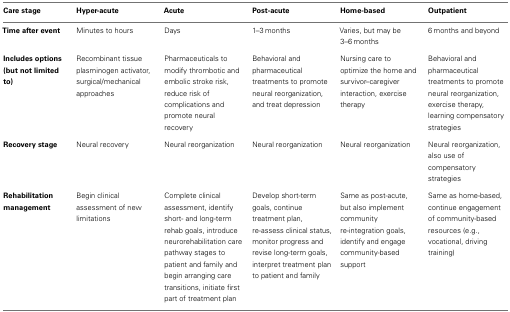
<table><thead><tr><td><b>Care stage</b></td><td><b>Hyper-acute</b></td><td><b>Acute</b></td><td><b>Post-acute</b></td><td><b>Home-based</b></td><td><b>Outpatient</b></td></tr></thead><tbody><tr><td><b>Time after event</b></td><td>Minutes to hours</td><td>Days</td><td>1–3 months</td><td>Varies, but may be 3–6 months</td><td>6 months and beyond</td></tr><tr><td><b>Includes options (but not limited to)</b></td><td>Recombinant tissue plasminogen activator, surgical/mechanical approaches</td><td>Pharmaceuticals to modify thrombotic and embolic stroke risk, reduce risk of complications and promote neural recovery</td><td>Behavioral and pharmaceutical treatments to promote neural reorganization, and treat depression</td><td>Nursing care to optimize the home and survivor–caregiver interaction, exercise therapy</td><td>Behavioral and pharmaceutical treatments to promote neural reorganization, exercise therapy, learning compensatory strategies</td></tr><tr><td><b>Recovery stage</b></td><td>Neural recovery</td><td>Neural reorganization</td><td>Neural reorganization</td><td>Neural reorganization</td><td>Neural reorganization, also use of compensatory strategies</td></tr><tr><td><b>Rehabilitation management</b></td><td>Begin clinical assessment of new limitations</td><td>Complete clinical assessment, identify short- and long-term rehab goals, introduce neurorehabilitation care pathway stages to patient and family and begin arranging care transitions, initiate first part of treatment plan</td><td>Develop short-term goals, continue treatment plan, re-assess clinical status, monitor progress and revise long-term goals, interpret treatment plan to patient and family</td><td>Same as post-acute, but also implement community re-integration goals, identify and engage community-based support</td><td>Same as home-based, continue engagement of community-based resources (e.g., vocational, driving training)</td></tr></tbody></table>